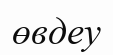
өвдеу